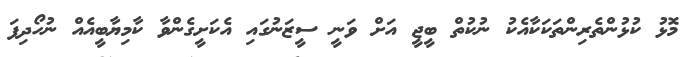
މޮޅު ކުޅުންތެރިންތަކަކާއެކު ނުކުތް ބީޖީ އަށް ވަނީ ސީޒަނުގައި އެކަށީގެންވާ ކާމިޔާބީއެއް ނުހޯދިފަ